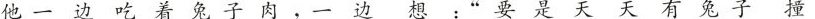
他一边吃着兔子肉，一边想：“要是天天有兔子撞